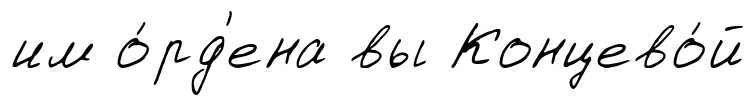
им о́рд'ена вы Концево́й